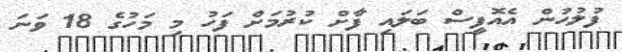
ފުލުހުން އެއޮފީސް ބަލައި ފާށް ކުރުމަށް ފަހު މި މަހުގެ 18 ވަނަ